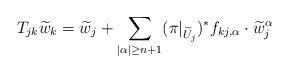
LaTeX: \begin{align*}T_{jk} \widetilde{w}_k = \widetilde{w}_j+\sum_{|\alpha|\geq n+1}(\pi|_{\widetilde{U}_j})^*f_{kj, \alpha}\cdot \widetilde{w}_j^\alpha \end{align*}